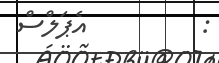
:         އެޕަލްސް